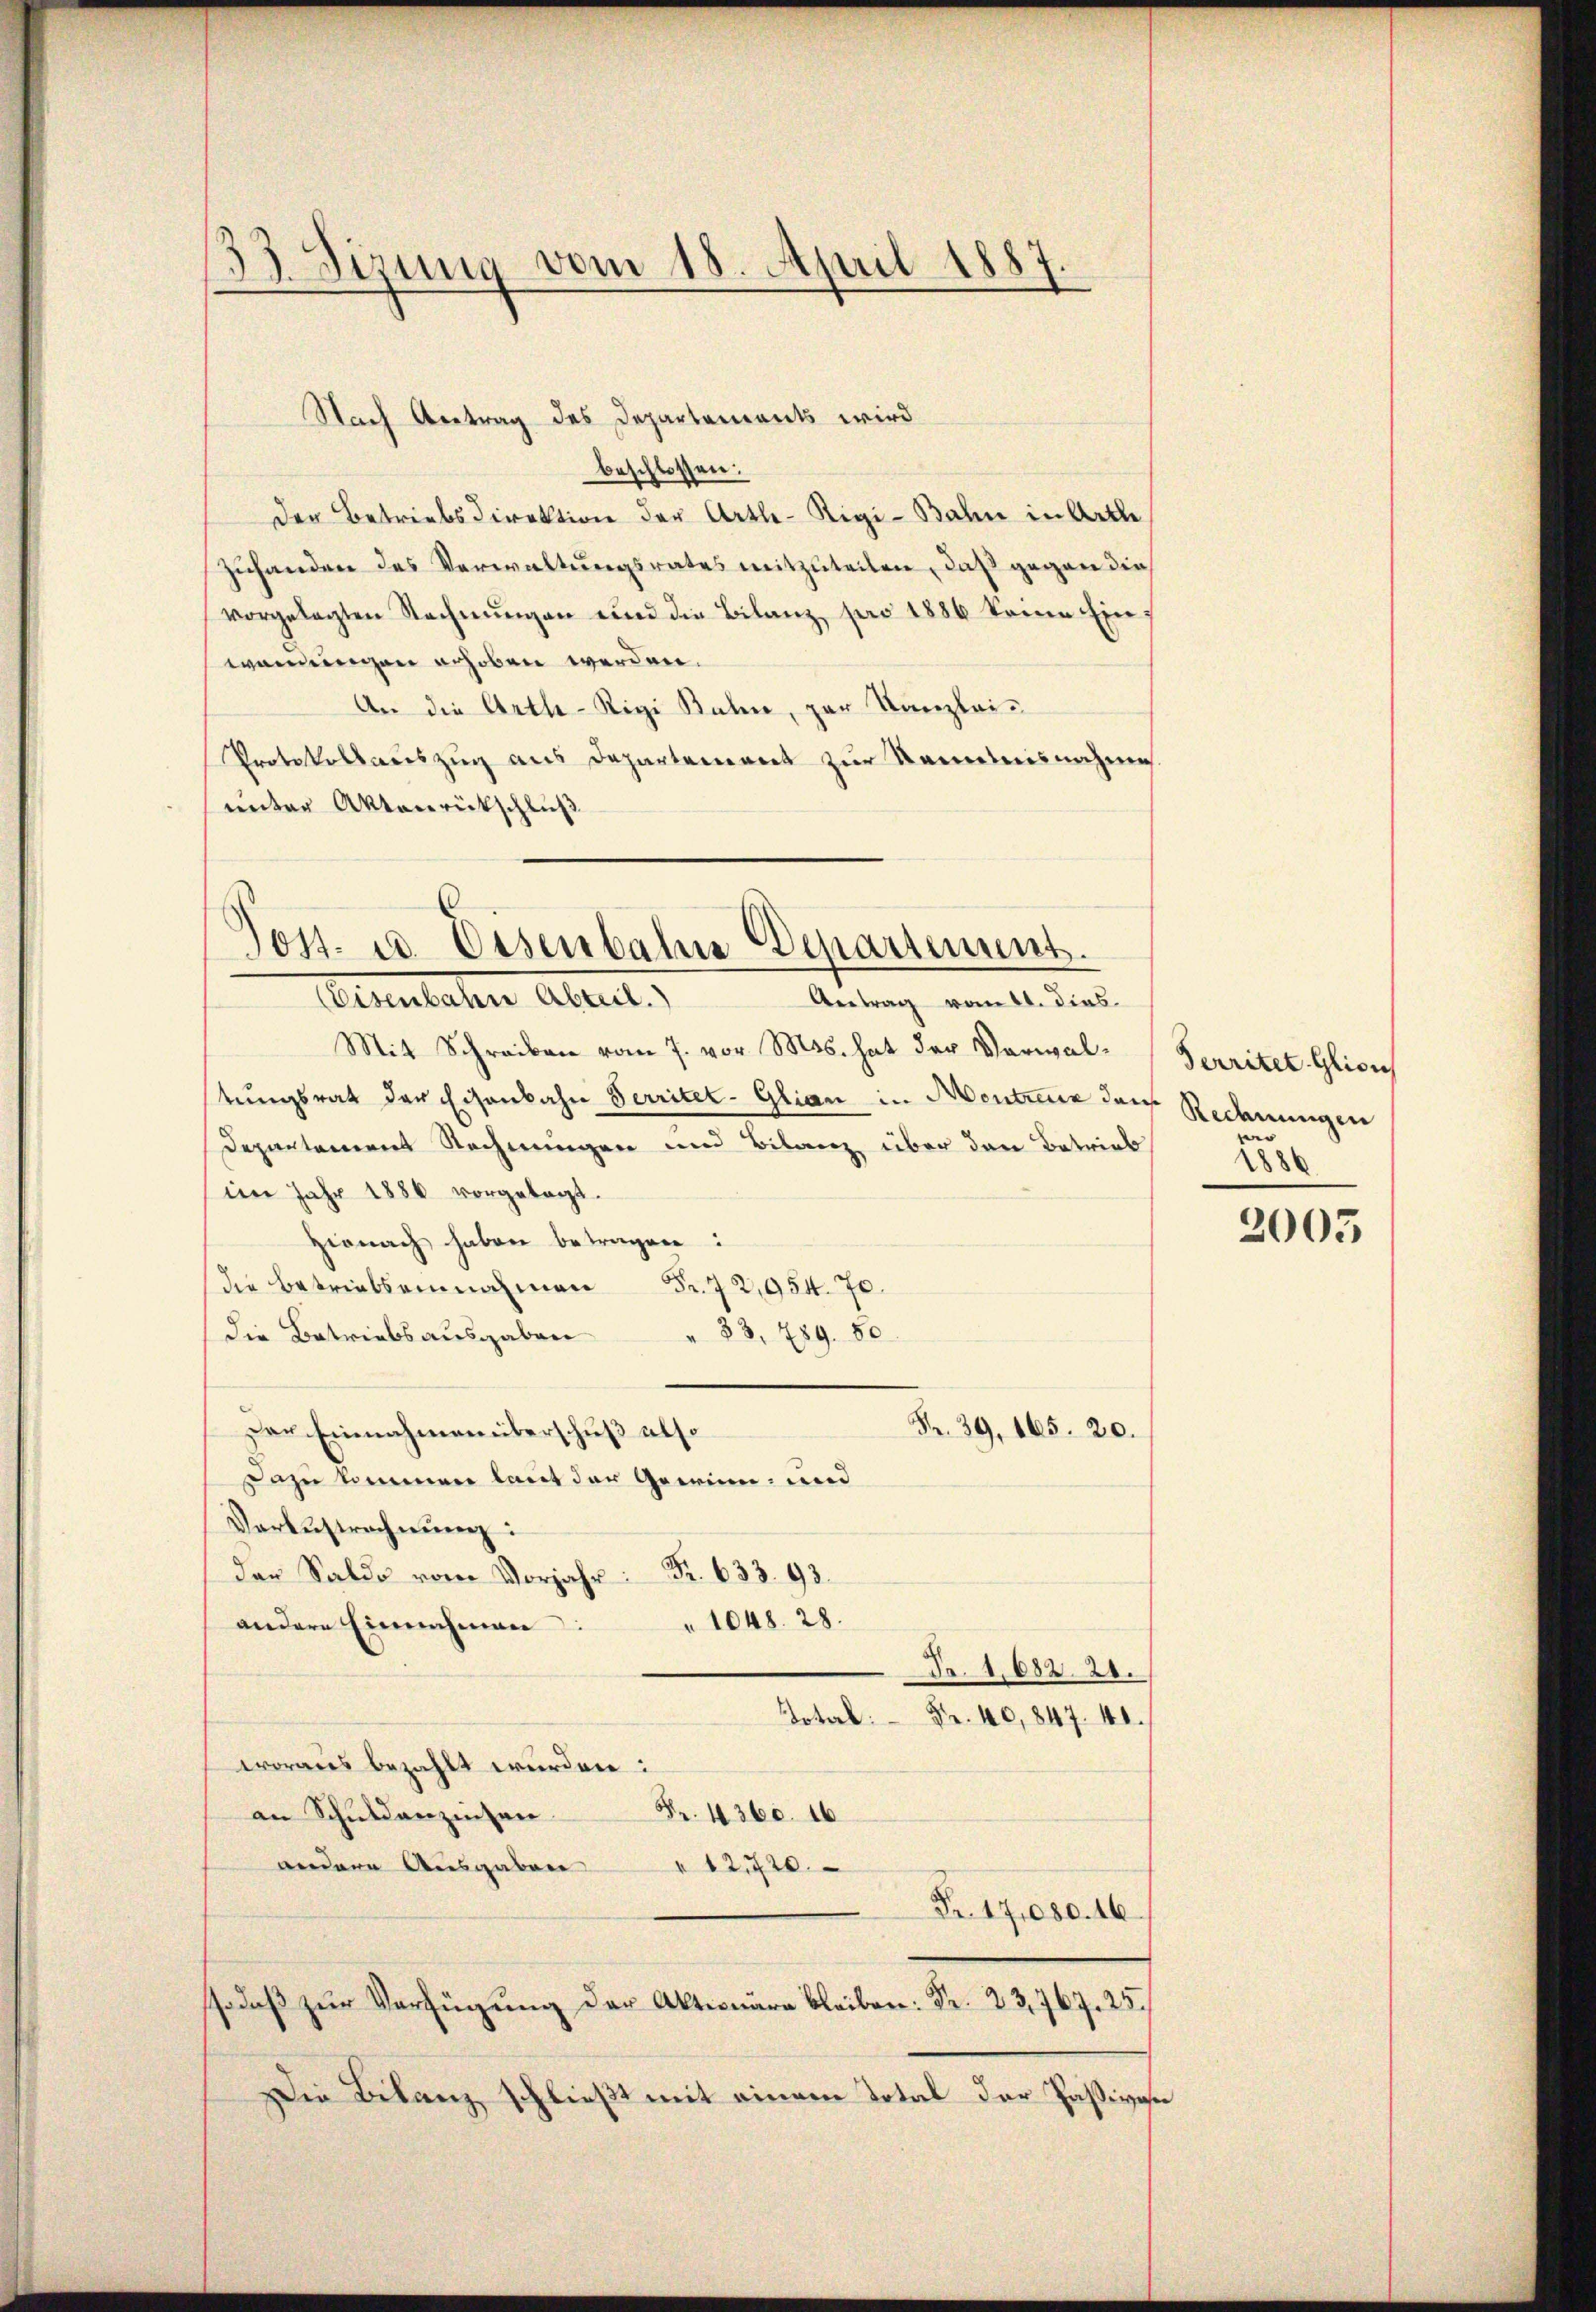
33. Sizung vom 18. April 1887
2

beschlossen:
Der Betriebsdirektion der Artle-Rigi-Bahn in Arthe
zuhanden des Verwaltungsrates mitzuteilen, daß gegen die
vorgelegten Rechnungen und die Bilanz, pro 1886 keine Einwendungen erhoben werden.
An die Arthe-Rigi Bahn, zur Kanzlei¬
Protokollauszug aus Departement zur Kenntnisnahme.
unter Aktenrückschluß

Nach Antrag des Departements wird

Jost. u. Eisenbahne Departement.
Petentaten Abrut.
Antrag vom 21. dies

Mit Schreiben vom 7. vor. Mts. hat der Verwaltungsrat der Eisenbahn Serritet-Glian in Aentreue der Redenungen
Departement Rechnungen und Bilanz über den Betrieb
im Jahr 1886 vorgelegt.
Hienach haben betragen:
die Betriebsannahmen Fr. 72,954. 70.
die Betriebsausgaben " 83, 789. 80.
Der Einnahmen überschuß also
Dazu kommen laut der Gewinn- und
Verlustrechnŭng:
der Saldo vom Vorjahr Fr. 633. 93.
 1048. 28.
andere Einnahmen
Fr. 1,682. 20.
Dotal.
Fr. 40,847. 41.
woraus bezahlt wurden:
Nr. 4360. 16
an Schuldanzinsen.
andere Ausgaben
"12720
Fr. 17,080. 16.
odaβ zŭr Verfügŭng der Aktionäre bleiben: Fr. 23,767. 25.
Die Bilanz schließt mit einem Total der Passiven

Nr. 39, 165. 20.

Territet. Glion
n |
1886

e

2005